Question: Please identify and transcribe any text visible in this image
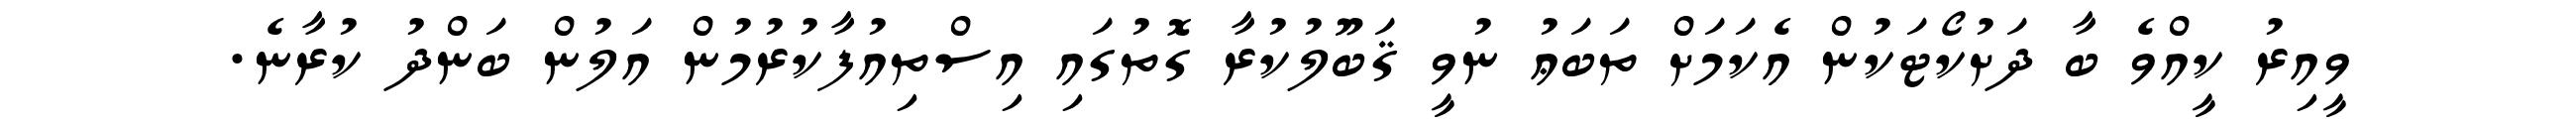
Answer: ވީއިރު ކީއްވެ ބާ ދަށުކޯޓަކުން އެކަމަށް ތަބަޢު ނުވީ ޤަބޫލުކުރާ ގޮތުގައި އިސްތިއުފާކުރުމުން އަލުން ބަންދު ކުރާނެ.